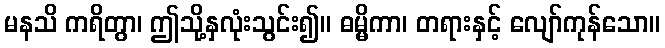
မနသိ ကရိတွာ၊ ဤသို့နှလုံးသွင်း၍။ ဓမ္မိကာ၊ တရားနှင့် လျော်ကုန်သော။